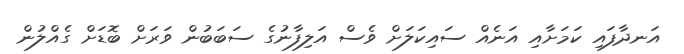
އަނދާފައި ކަމަށާއި އަނެއް ސައިކަލަށް ވެސް އަލިފާނުގެ ސަބަބުން ވަރަށް ބޮޑަށް ގެއްލުން